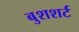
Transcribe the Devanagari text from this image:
बुशशर्ट